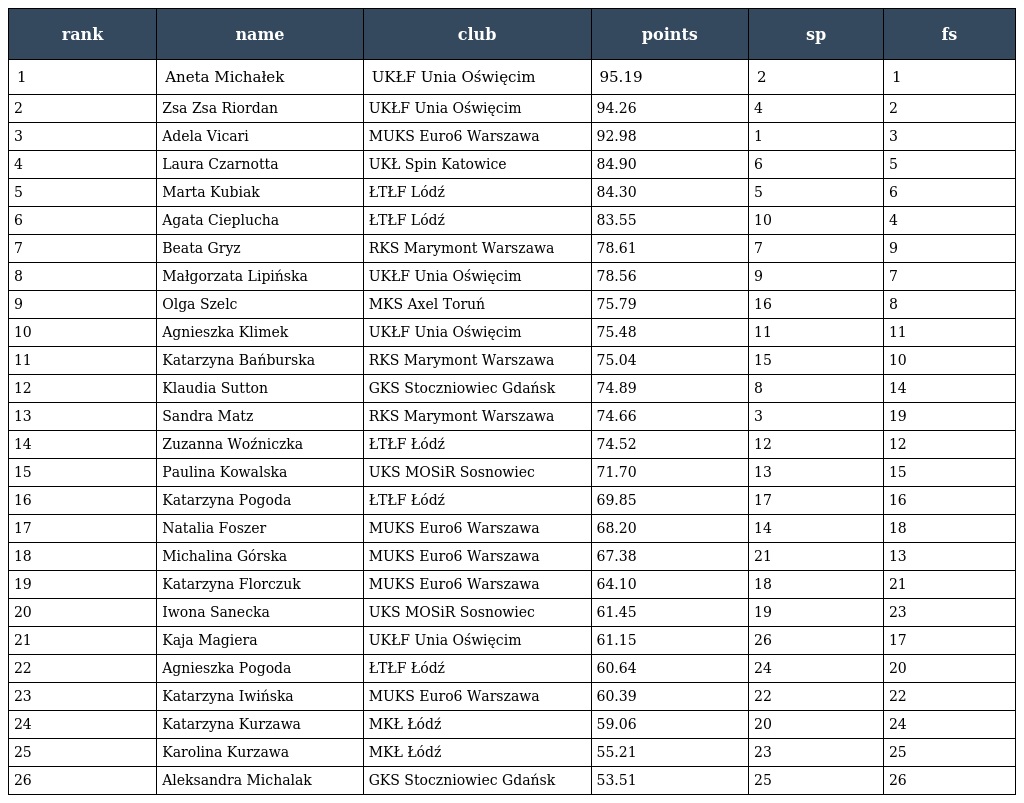
| rank | name | club | points | sp | fs |
 | --- | --- | --- | --- | --- | --- |
 | 1 | Aneta Michałek | UKŁF Unia Oświęcim | 95.19 | 2 | 1 |
 | 2 | Zsa Zsa Riordan | UKŁF Unia Oświęcim | 94.26 | 4 | 2 |
 | 3 | Adela Vicari | MUKS Euro6 Warszawa | 92.98 | 1 | 3 |
 | 4 | Laura Czarnotta | UKŁ Spin Katowice | 84.90 | 6 | 5 |
 | 5 | Marta Kubiak | ŁTŁF Lódź | 84.30 | 5 | 6 |
 | 6 | Agata Cieplucha | ŁTŁF Lódź | 83.55 | 10 | 4 |
 | 7 | Beata Gryz | RKS Marymont Warszawa | 78.61 | 7 | 9 |
 | 8 | Małgorzata Lipińska | UKŁF Unia Oświęcim | 78.56 | 9 | 7 |
 | 9 | Olga Szelc | MKS Axel Toruń | 75.79 | 16 | 8 |
 | 10 | Agnieszka Klimek | UKŁF Unia Oświęcim | 75.48 | 11 | 11 |
 | 11 | Katarzyna Bańburska | RKS Marymont Warszawa | 75.04 | 15 | 10 |
 | 12 | Klaudia Sutton | GKS Stoczniowiec Gdańsk | 74.89 | 8 | 14 |
 | 13 | Sandra Matz | RKS Marymont Warszawa | 74.66 | 3 | 19 |
 | 14 | Zuzanna Woźniczka | ŁTŁF Łódź | 74.52 | 12 | 12 |
 | 15 | Paulina Kowalska | UKS MOSiR Sosnowiec | 71.70 | 13 | 15 |
 | 16 | Katarzyna Pogoda | ŁTŁF Łódź | 69.85 | 17 | 16 |
 | 17 | Natalia Foszer | MUKS Euro6 Warszawa | 68.20 | 14 | 18 |
 | 18 | Michalina Górska | MUKS Euro6 Warszawa | 67.38 | 21 | 13 |
 | 19 | Katarzyna Florczuk | MUKS Euro6 Warszawa | 64.10 | 18 | 21 |
 | 20 | Iwona Sanecka | UKS MOSiR Sosnowiec | 61.45 | 19 | 23 |
 | 21 | Kaja Magiera | UKŁF Unia Oświęcim | 61.15 | 26 | 17 |
 | 22 | Agnieszka Pogoda | ŁTŁF Łódź | 60.64 | 24 | 20 |
 | 23 | Katarzyna Iwińska | MUKS Euro6 Warszawa | 60.39 | 22 | 22 |
 | 24 | Katarzyna Kurzawa | MKŁ Łódź | 59.06 | 20 | 24 |
 | 25 | Karolina Kurzawa | MKŁ Łódź | 55.21 | 23 | 25 |
 | 26 | Aleksandra Michalak | GKS Stoczniowiec Gdańsk | 53.51 | 25 | 26 |